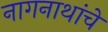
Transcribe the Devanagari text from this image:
नागनाथांचे